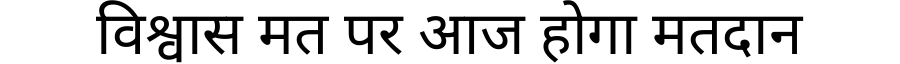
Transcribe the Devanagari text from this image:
विश्वास मत पर आज होगा मतदान